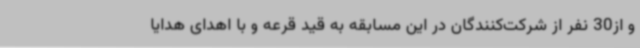
و از30 نفر از شرکت‌کنندگان در این مسابقه به قید قرعه و با اهدای هدایا